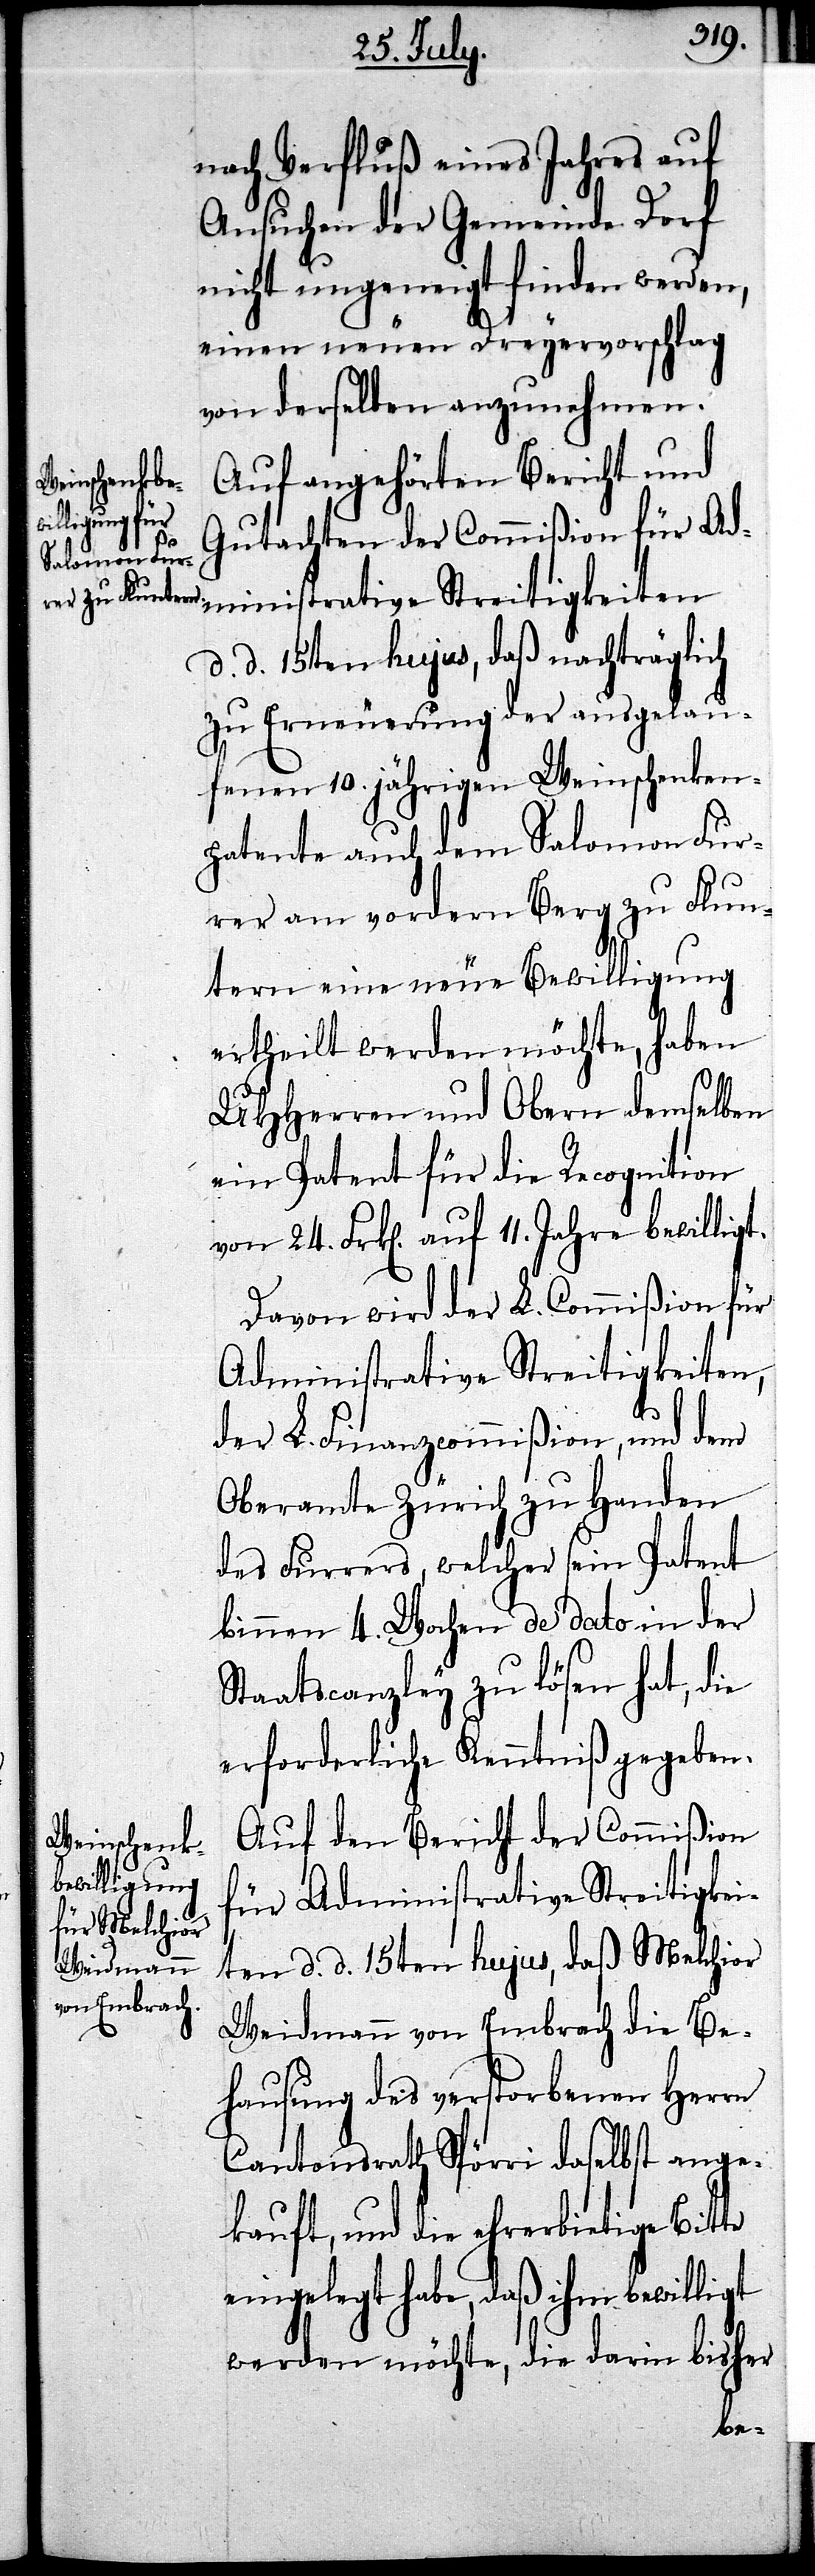
24.
11. Jahre
Auf angehörten Bericht und
Gutachten der Commißion für Ad¬
d. d. 15ten hujus, daß nachträglich
zu Erneuerung der ausgelau¬
fenen 10. jährigen Weinschenken¬
patente auch dem Salomon Fur¬
rer am vordern Berg zu Flun¬
tern eine neue Bewilligung
ertheilt werden möchte, haben
UHHerren und Obern demselben
ein Patent für die Recognition
Davon wird der L. Commißion für
Administrative Streitigkeiten,
der L. Finanzcommißion, und dem
Oberamte Zürich zu Handen
des Furrers, welcher sein Patent
binnen 4. Wochen de dato in der
Staatscanzley zu lösen hat, die
erforderliche Kenntniß gegeben.
Auf den Bericht der Commißion
für Administrative Streitigkei¬
ten d. d. 15ten hujus, daß Melchior
Weidmann von Embrach die Be¬
hausung des verstobenen Herrn
Cantonsrath Spörri daselbst ange¬
kauft, und die ehrerbietige Bitte
eingelegt habe, daß ihm bewilligt
werden möchte, die darin bisher